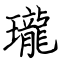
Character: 瓏